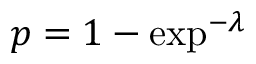
p = 1 - \exp ^ { - \lambda }